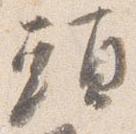
頭